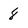
Character: 8